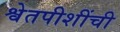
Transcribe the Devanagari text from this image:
श्वेतपीशींची